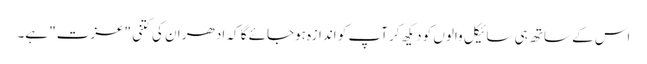
اس کے ساتھ ہی سائیکل والوں کو دیکھ کر آپ کو اندازہ ہوجائے گا کہ ادھر ان کی کتنی "عزت" ہے۔